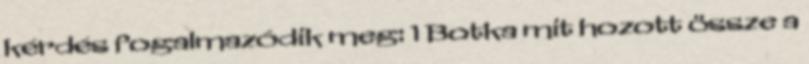
kérdés fogalmazódik meg: 1 Botka mit hozott össze a